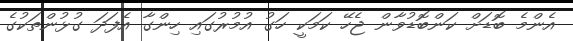
އެންމެ ބޮޑަށް ކަންބޮޑުވާން ޖެހޭ ކަމަކީ ހަގު އުމުރުގައި ހިންގާ އެފަދަ ގުޅުންތަކުގެ